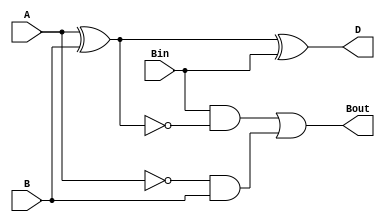
module fullsub(A, B, Bin, D, Bout);
input A, B, Bin;
output D, Bout;
assign D = A ^ B ^ Bin;
assign Bout = Bin & ~(A ^ B) | (~A & B);
endmodule